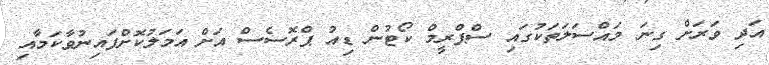
އަދި ވަރަށް ގިނަ މައްސަލަތަކުގައި ސްޕްރީމް ކޯޓުން ޑިއު ޕްރޮސެސް އަށް އަމަލުކޮށްފައިނުވާކަމާއި